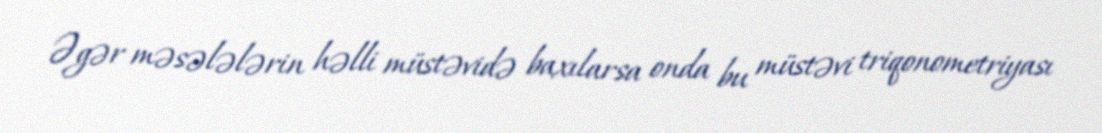
Əgər məsələlərin həlli müstəvidə baxılarsa onda bu müstəvi triqonometriyası